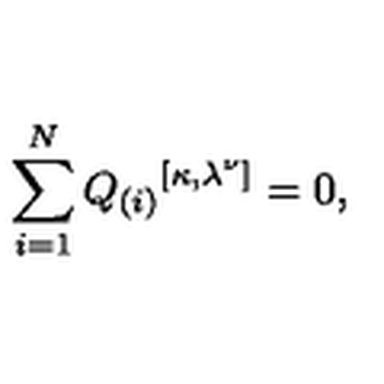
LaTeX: \sum _ { i = 1 } ^ { N } { Q _ { ( i ) } } ^ { [ \kappa , \lambda ^ { \nu } ] } = 0 ,